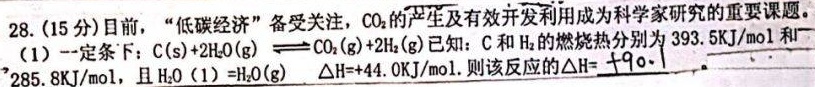
28. (15分) 目前，“低碳经济”备受关注，\(\mathrm{CO}_{2}\)的产生及有效开发利用成为科学家研究的重要课题。
(1) 一定条件下：\(\mathrm{C}(\mathrm{s}) + 2\mathrm{H}_{2}\mathrm{O}(\mathrm{g})\rightleftharpoons\mathrm{CO}_{2}(\mathrm{g}) + 2\mathrm{H}_{2}(\mathrm{g})\)。已知：\(\mathrm{C}\)和\(\mathrm{H}_{2}\)的燃烧热分别为\(393.5\mathrm{kJ}/\mathrm{mol}\)和\(285.8\mathrm{kJ}/\mathrm{mol}\)，且\(\mathrm{H}_{2}\mathrm{O}(1)=\mathrm{H}_{2}\mathrm{O}(\mathrm{g})\ \Delta H = +44.0\mathrm{kJ}/\mathrm{mol}\)。则该反应的\(\Delta H = \underline{+90.1}\mathrm{kJ}/\mathrm{mol}\)。